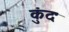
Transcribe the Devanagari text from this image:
कुंदः